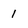
Character: 1